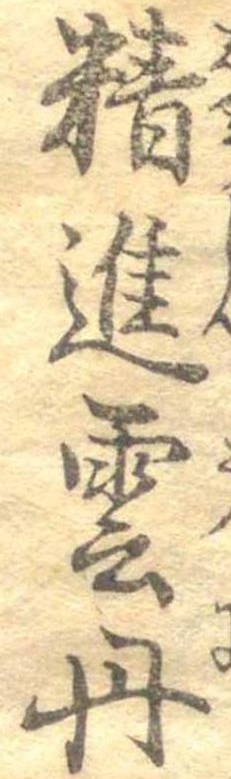
精進雲丹